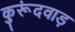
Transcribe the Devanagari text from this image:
कुरूंदवाड़